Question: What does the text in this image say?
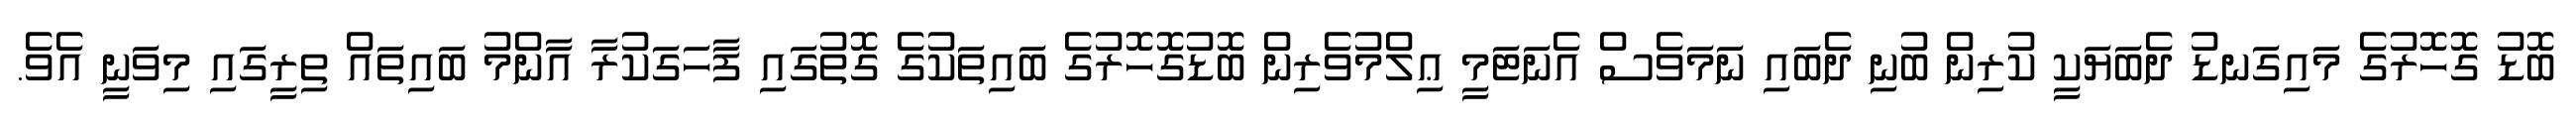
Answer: ބޮޑު ގޮހޮރުގެ މައިގަނޑު ދެބަޔަކީ ކުރިން ބުނި ދެބައި ނަމަވެސް އެނަޓަމީ ޢިލްމުވެރިން ބޮޑުގޮހޮރުގެ ބައިތަކުގެ ގޮތުގައި ފާހަގަކުރާ އާންމު ބައިތައް ތިރީގައި މިވަނީ އެވެ.